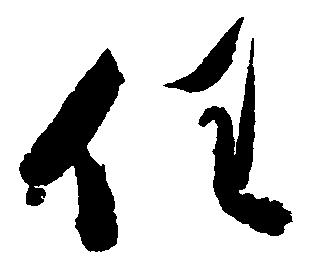
任